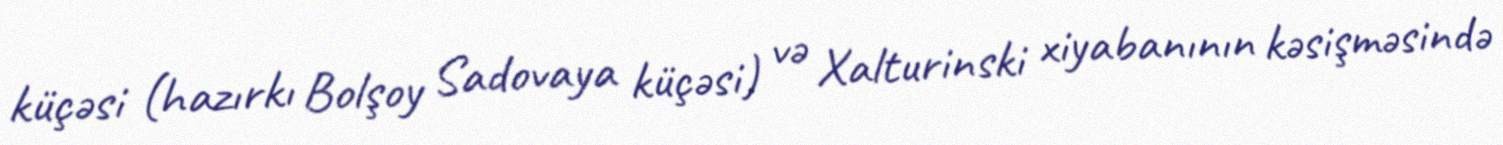
küçəsi (hazırkı Bolşoy Sadovaya küçəsi) və Xalturinski xiyabanının kəsişməsində